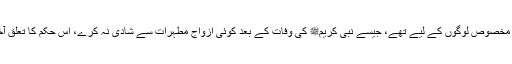
قرآن کریم کے کچھ احکامات ایسے تھے جو مخصوص لوگوں کے لیے تھے، جیسے نبی کریمﷺ کی وفات کے بعد کوئی ازواج مطہرات سے شادی نہ کرے، اس حکم کا تعلق آخری ام المومنین کی وفات کے بعد ختم ہو گیا۔